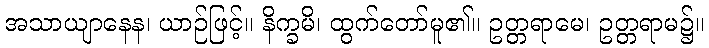
အသာယျာနေန၊ ယာဉ်ဖြင့်။ နိက္ခမိ၊ ထွက်တော်မူ၏။ ဥတ္တရာမေ၊ ဥတ္တရာမ၌။